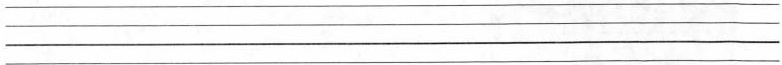
____________